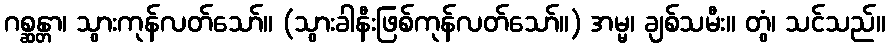
ဂစ္ဆန္တာ၊ သွားကုန်လတ်သော်။ (သွားခါနီးဖြစ်ကုန်လတ်သော်။) အမ္မ၊ ချစ်သမီး။ တွံ၊ သင်သည်။